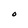
Character: O